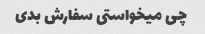
چی میخواستی سفارش بدی